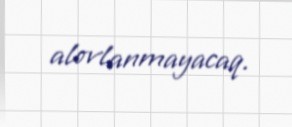
alovlanmayacaq.